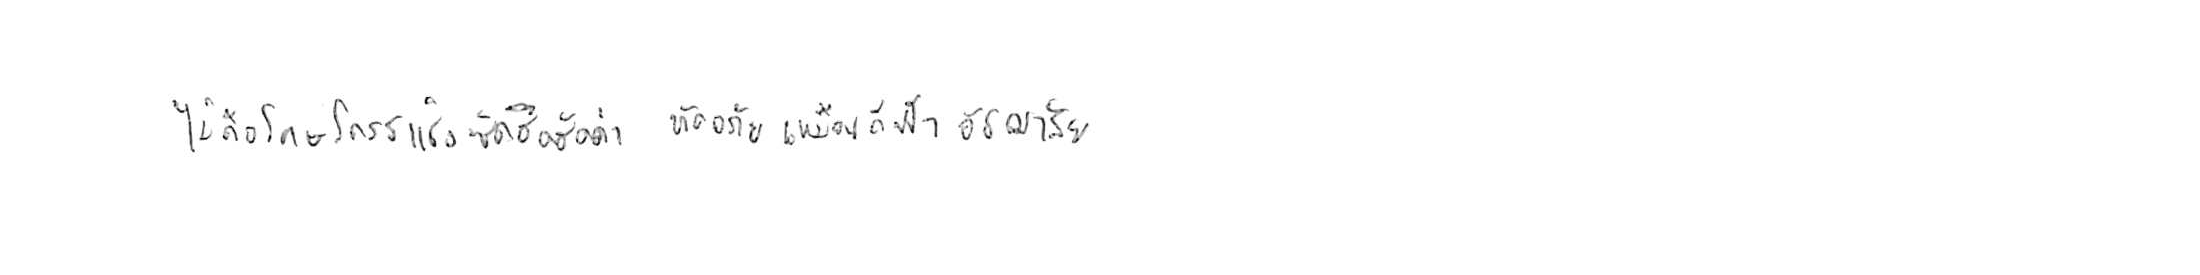
ไม่ถือโทษโกรธแช่งซัดฮึดฮัดด่า หัดอภัยเหมือนกีฬาอัชฌาสัย